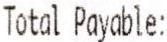
TOTAL PAYABLE: